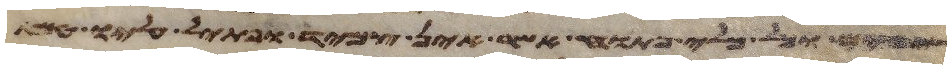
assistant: וכל כלי פתוח אשר אין צמיד ופתיל עליו טמא